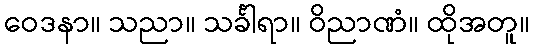
ဝေဒနာ။ သညာ။ သင်္ခါရာ။ ဝိညာဏံ။ ထိုအတူ။